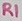
Text: R1